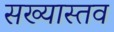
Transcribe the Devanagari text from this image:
सख्यास्तव